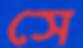
সে